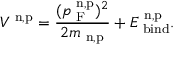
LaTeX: V ^ { \mathrm { \scriptsize ~ n , p } } = \frac { ( p _ { \mathrm { \scriptsize ~ F } } ^ { \mathrm { \scriptsize ~ n , p } } ) ^ { 2 } } { 2 m _ { \mathrm { \scriptsize ~ n , p } } } + E _ { \mathrm { \scriptsize ~ b i n d } } ^ { \mathrm { \scriptsize ~ n , p } } .